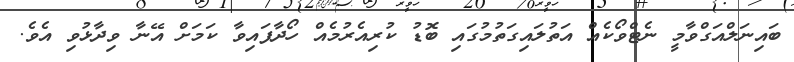
ބައިނަލްއަގްވާމީ ނެޓްވޯކެއް އަތުލައިގަތުމުގައި ބޮޑު ކުރިއެރުމެއް ހޯދާފައިވާ ކަމަށް އޭނާ ވިދާޅުވި އެވެ.